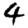
Digit: 4